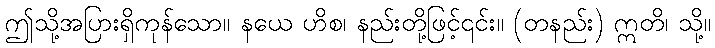
ဤသို့အပြားရှိကုန်သော။ နယေ ဟိစ၊ နည်းတို့ဖြင့်၎င်း။ (တနည်း) ဣတိ၊ သို့။